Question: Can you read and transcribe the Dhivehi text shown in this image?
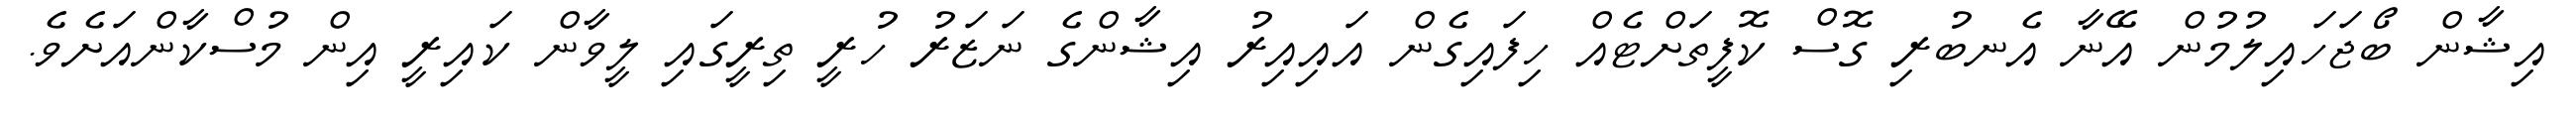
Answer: އިޝާން ބޯޖަހައިލުމުން އޭނާ އެނބުރި ގޮސް ކޮފީތަށްޓެއް ހިފައިގެން އައިއިރު އިޝާންގެ ނަޒަރު ހުރީ ތިރީގައި ލީވާން ކައިރީ އިން މުސްކާންއަށެވެ.